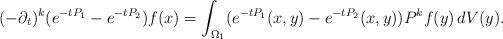
LaTeX: \begin{align*}(-\partial_t)^k(e^{-tP_1}-e^{-tP_2})f(x)=\int_{\Omega_1} (e^{-tP_1}(x,y)-e^{-tP_2}(x,y))P^kf(y)\,dV(y).\end{align*}